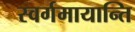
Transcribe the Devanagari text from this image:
स्वर्गमायान्ति